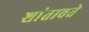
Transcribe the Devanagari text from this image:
शांतावते